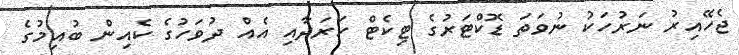
ޖެހޭއިރު ނަރުހަކު ނުވަތަ ޑޮކްޓަރުގެ ޓިކެޓް ހަރަދާއި އެއް ދުވަހުގެ ކެއިން ބުއިމުގެ